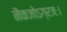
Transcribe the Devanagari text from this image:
नैकजोऽग्रजः।